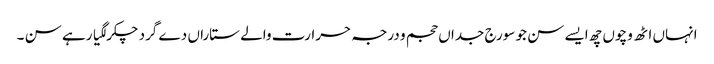
انہاں اٹھ وچو‏ں چھ ایسے سن جو سورج جداں حجم و درجہ حرارت والے ستاراں دے گرد چکر لگیا رہے سن ۔